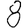
Digit: 8